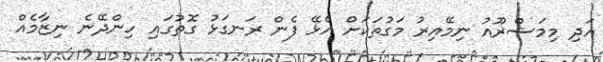
އަދި މިމަޝްރޫއު ނިމޭއިރު މަގުތަކަށް އެޅޭ ފެން ރަނގަޅު ގޮތުގައި ހިންދޭނެ ނިޒާމެއް